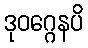
ဒုဝဂ္ဂေနပိ